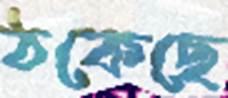
ঠকেছে